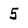
Character: 5